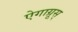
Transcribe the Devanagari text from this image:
ऐगाग्रूस्